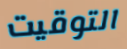
التوقيت